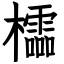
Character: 櫺